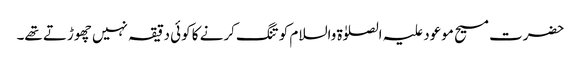
حضرت مسیح موعود علیہ الصلوٰۃ والسلام کو تنگ کرنے کا کوئی دقیقہ نہیں چھوڑتے تھے۔